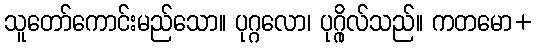
သူတော်ကောင်းမည်သော။ ပုဂ္ဂလော၊ ပုဂ္ဂိုလ်သည်။ ကတမော+